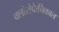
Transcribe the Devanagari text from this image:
क्लोरोफेनिकाल